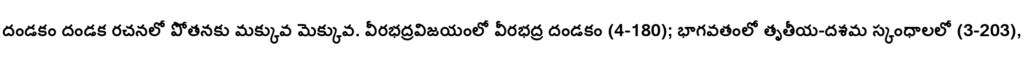
దండకం దండక రచనలో పోతనకు మక్కువ మెక్కువ. వీరభద్రవిజయంలో వీరభద్ర దండకం (4-180); భాగవతంలో తృతీయ-దశమ స్కంధాలలో (3-203),